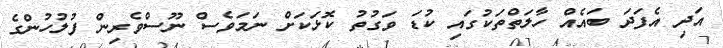
އަދި އެފަދަ ބައެއް ހާލަތްތަކުގައި ކުޑަ ވަގުތު ކޮޅަކަށް ނަމަވެސް ނޫސްވެރިން ފުލުހުންގެ